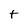
Character: t